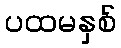
ပထမနှစ်